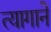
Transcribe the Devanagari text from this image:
त्यागाने